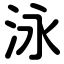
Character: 泳